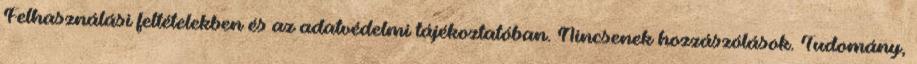
Felhasználási feltételekben és az adatvédelmi tájékoztatóban. Nincsenek hozzászólások. Tudomány,